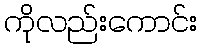
ကိုလည်းကောင်း